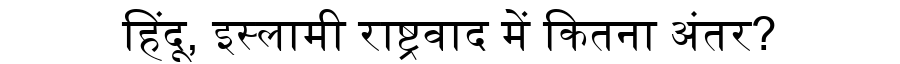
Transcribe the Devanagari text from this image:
हिंदू, इस्लामी राष्ट्रवाद में कितना अंतर?